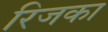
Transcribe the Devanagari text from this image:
रिजका